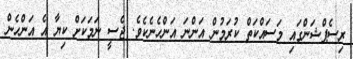
ރިސެޕްޝަންގައި މަސައްކަތް ކުރަމުން އަންނަ އަންހެނެކެވެ. ޖެސީ ނަމަކަށް ކިޔާ އެ އަންހެން